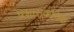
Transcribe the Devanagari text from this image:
प्रशासकनिक